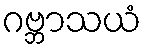
ဂဗ္ဘာသယံ